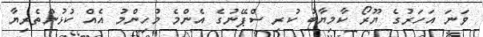
ވަނަ އަހަރުގެ ޔޫރޯ ކާމިޔާބު ކުރި ސްޕޭނުގެ އެންމެ މުހިންމު އެއް ކުޅުންތެރިޔާ